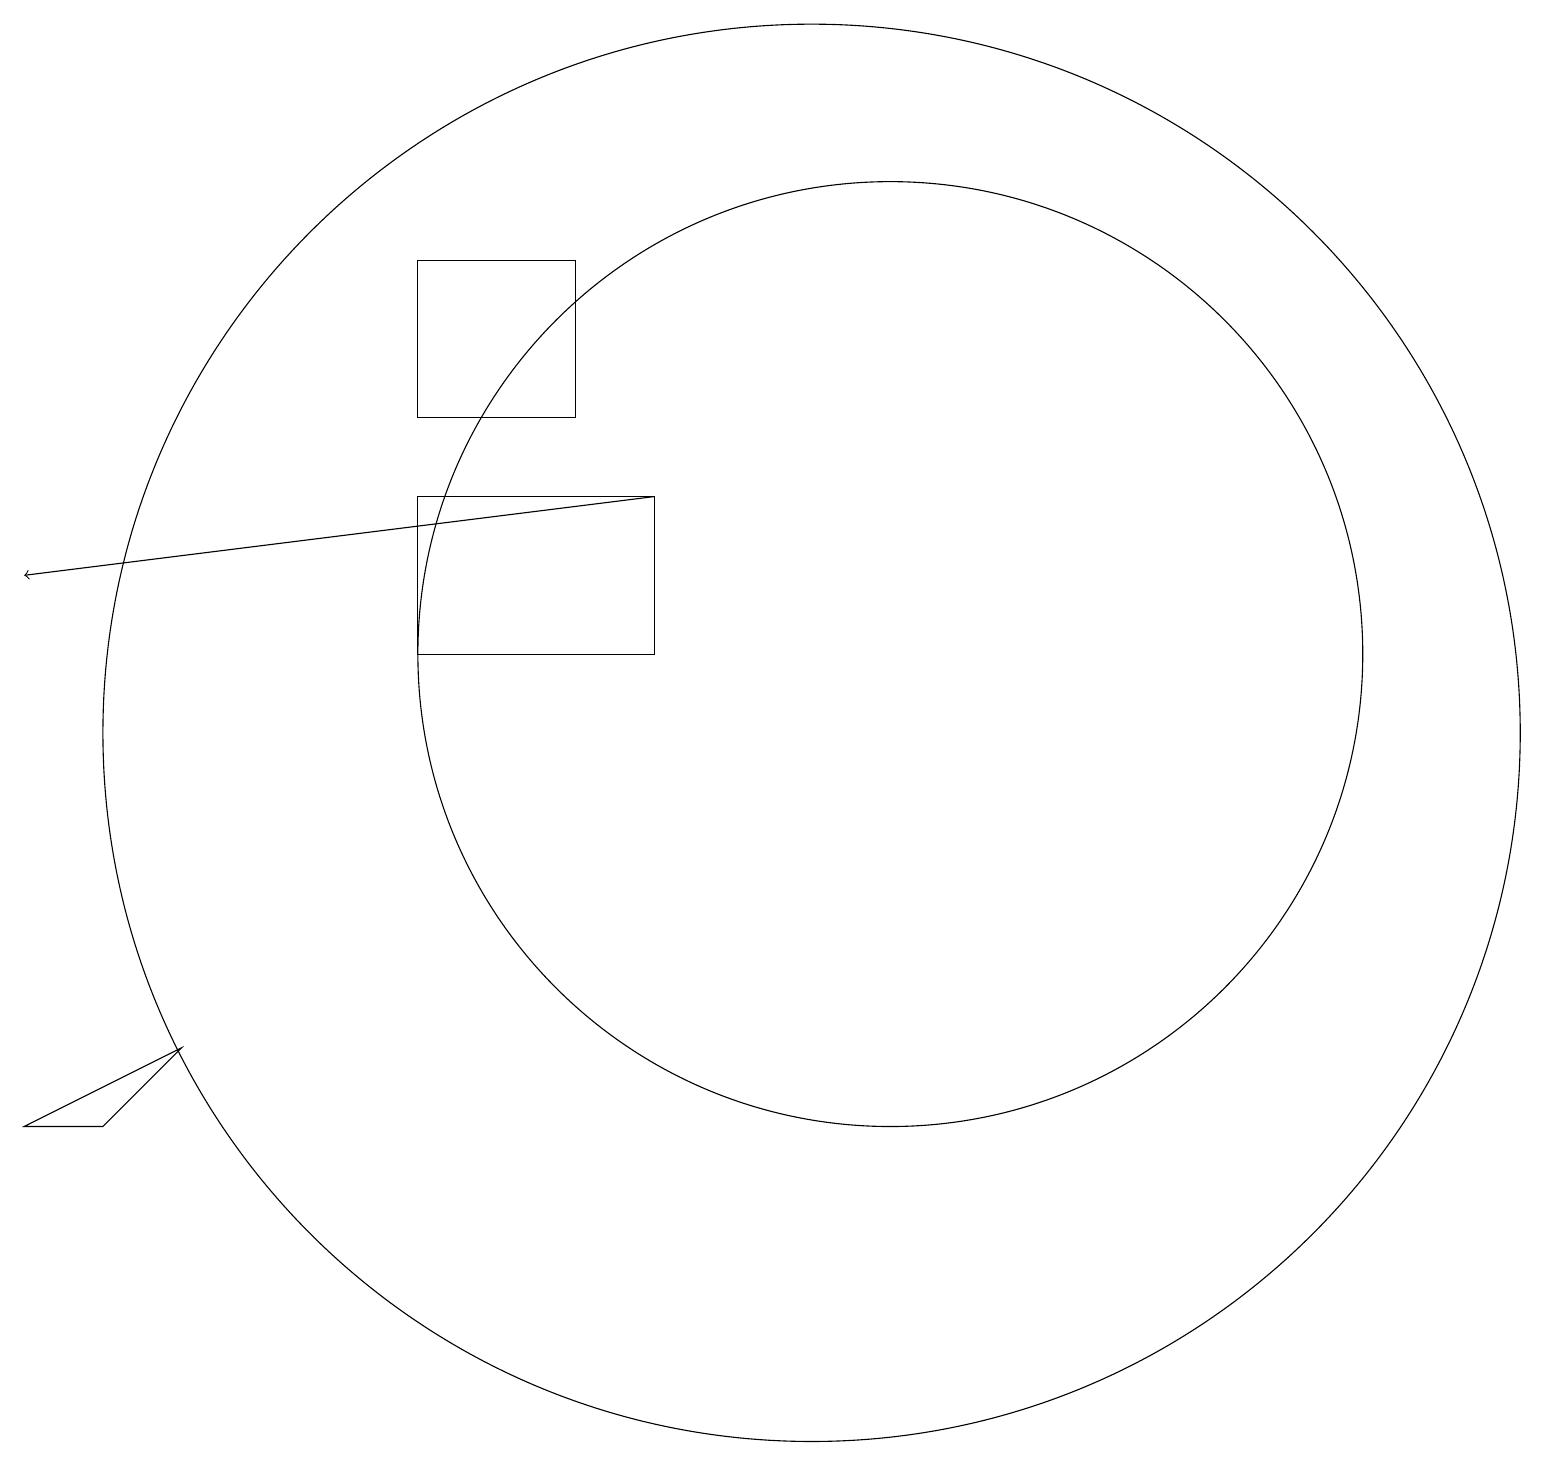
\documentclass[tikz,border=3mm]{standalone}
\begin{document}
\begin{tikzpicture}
\draw (5,14) rectangle (7,16);
\draw (2,6) -- (1,5) -- (0,5) -- cycle;
\draw (10,10) circle (9);
\draw (5,11) rectangle (8,13);
\draw[->] (8,13) -- (0,12);
\draw (11,11) circle (6);
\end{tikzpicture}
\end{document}